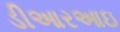
ડીઆરઆઇ